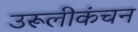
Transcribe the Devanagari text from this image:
उरूलीकंचन